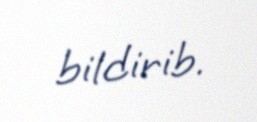
bildirib.